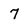
Character: 7